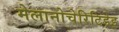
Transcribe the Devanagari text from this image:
मेलानोचेरिटिडेइ